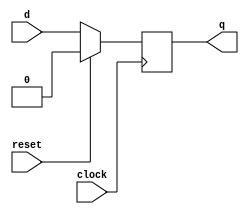
///////////////////////////////////////////
/// Design  : D-Flipflop (Behavioral)
/// College	: Anna University, MIT campus
///////////////////////////////////////////

module dflipflop(clock,reset,d,q);
input clock, reset, d;
output reg q;
always @ (posedge clock)
	begin
		if(reset)
			q = 0;
		else 
			q = d;
	end
endmodule